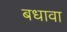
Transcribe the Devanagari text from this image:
बधावा